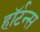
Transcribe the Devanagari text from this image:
हॉर्टन्स